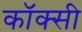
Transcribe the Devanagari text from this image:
कॉक्सी